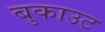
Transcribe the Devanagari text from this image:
बुकाउट